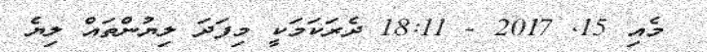
މެއި 15